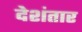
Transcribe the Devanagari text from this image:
देशंतार